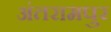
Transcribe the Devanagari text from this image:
अंतरामपुर